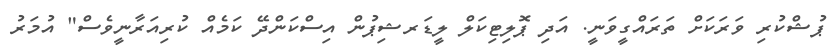
ޕުޝްކުރި ވަރަކަށް ތަރައްގީވަނީ. އަދި ޕޮލިޓިކަލް ލީޑަރޝިޕުން އިސްކަންދޭ ކަމެއް ކުރިއަރާނީވެސް" އުމަރު